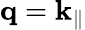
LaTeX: \mathbf{q}=\mathbf{k}_{\parallel}